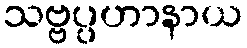
သဗ္ဗပ္ပဟာနာယ